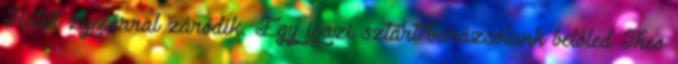
Hátul zipzárral záródik. Egy igazi sztárt varázsolunk belőled Theo